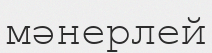
мәнерлей